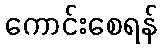
ကောင်းစေရန်